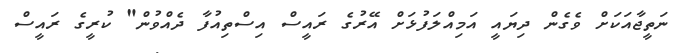
ނަތީޖާއަކަށް ވެގެން ދިޔައީ އަމިއްލަފުޅަށް އޭރުގެ ރައީސް އިސްތިއުފާ ދެއްވުން" ކުރީގެ ރައީސް